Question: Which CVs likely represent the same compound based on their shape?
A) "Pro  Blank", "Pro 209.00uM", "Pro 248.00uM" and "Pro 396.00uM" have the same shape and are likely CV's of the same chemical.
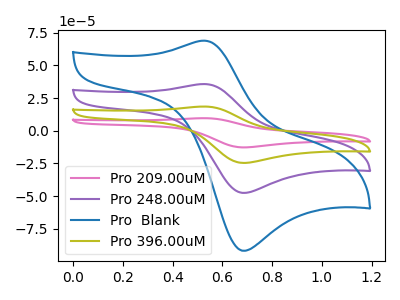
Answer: <think>The pink curve "Pro 209.00uM" has an anodic peak at (0.55V, 107.15uA) and a cathodic peak at (0.70V, -142.80uA). The purple curve "Pro 248.00uM" has an anodic peak at (0.55V, 35.70uA) and a cathodic peak at (0.70V, -47.60uA). The blue curve "Pro  Blank" has an anodic peak at (0.55V, 68.95uA) and a cathodic peak at (0.70V, -91.85uA). The olive curve "Pro 396.00uM" has an anodic peak at (0.55V, 71.45uA) and a cathodic peak at (0.70V, -95.20uA).
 All the peaks in "Pro 209.00uM" have a peak in "Pro 248.00uM" at the same potential. Every peak in "Pro 209.00uM" is higher than every peak in "Pro 248.00uM". All the peaks in "Pro 209.00uM" have a peak in "Pro  Blank" at the same potential. Every peak in "Pro 209.00uM" is higher than every peak in "Pro  Blank". All the peaks in "Pro 209.00uM" have a peak in "Pro 396.00uM" at the same potential. Every peak in "Pro 209.00uM" is higher than every peak in "Pro 396.00uM". All the peaks in "Pro 248.00uM" have a peak in "Pro  Blank" at the same potential. Every peak in "Pro 248.00uM" is lower than every peak in "Pro  Blank". All the peaks in "Pro 248.00uM" have a peak in "Pro 396.00uM" at the same potential. Every peak in "Pro 248.00uM" is lower than every peak in "Pro 396.00uM". All the peaks in "Pro  Blank" have a peak in "Pro 396.00uM" at the same potential. Every peak in "Pro  Blank" is lower than every peak in "Pro 396.00uM".</think>
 <answer>A) "Pro  Blank", "Pro 209.00uM", "Pro 248.00uM" and "Pro 396.00uM" have the same shape and are likely CV's of the same chemical.</answer>
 <eval>A</eval>